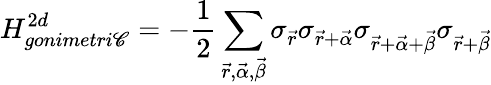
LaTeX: H_{gonimetri\mathscr{C}}^{2d}=-\frac{{1}}{{2}}\sum_{\vec{{r}},\vec{{\alpha}},\vec{{\beta}}}\sigma_{\vec{{r}}}\sigma_{\vec{{r}}+\vec{{\alpha}}}\sigma_{\vec{{r}}+\vec{{\alpha}}+\vec{{\beta}}}\sigma_{\vec{{r}}+\vec{{\beta}}}